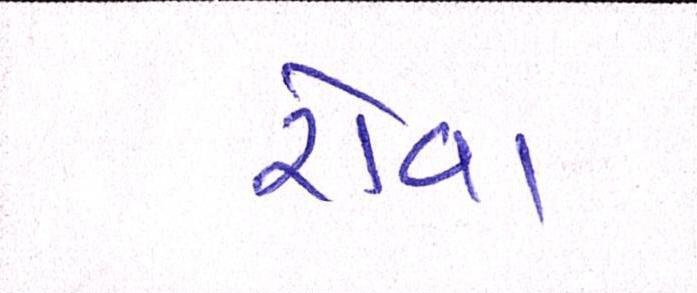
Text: રોવા